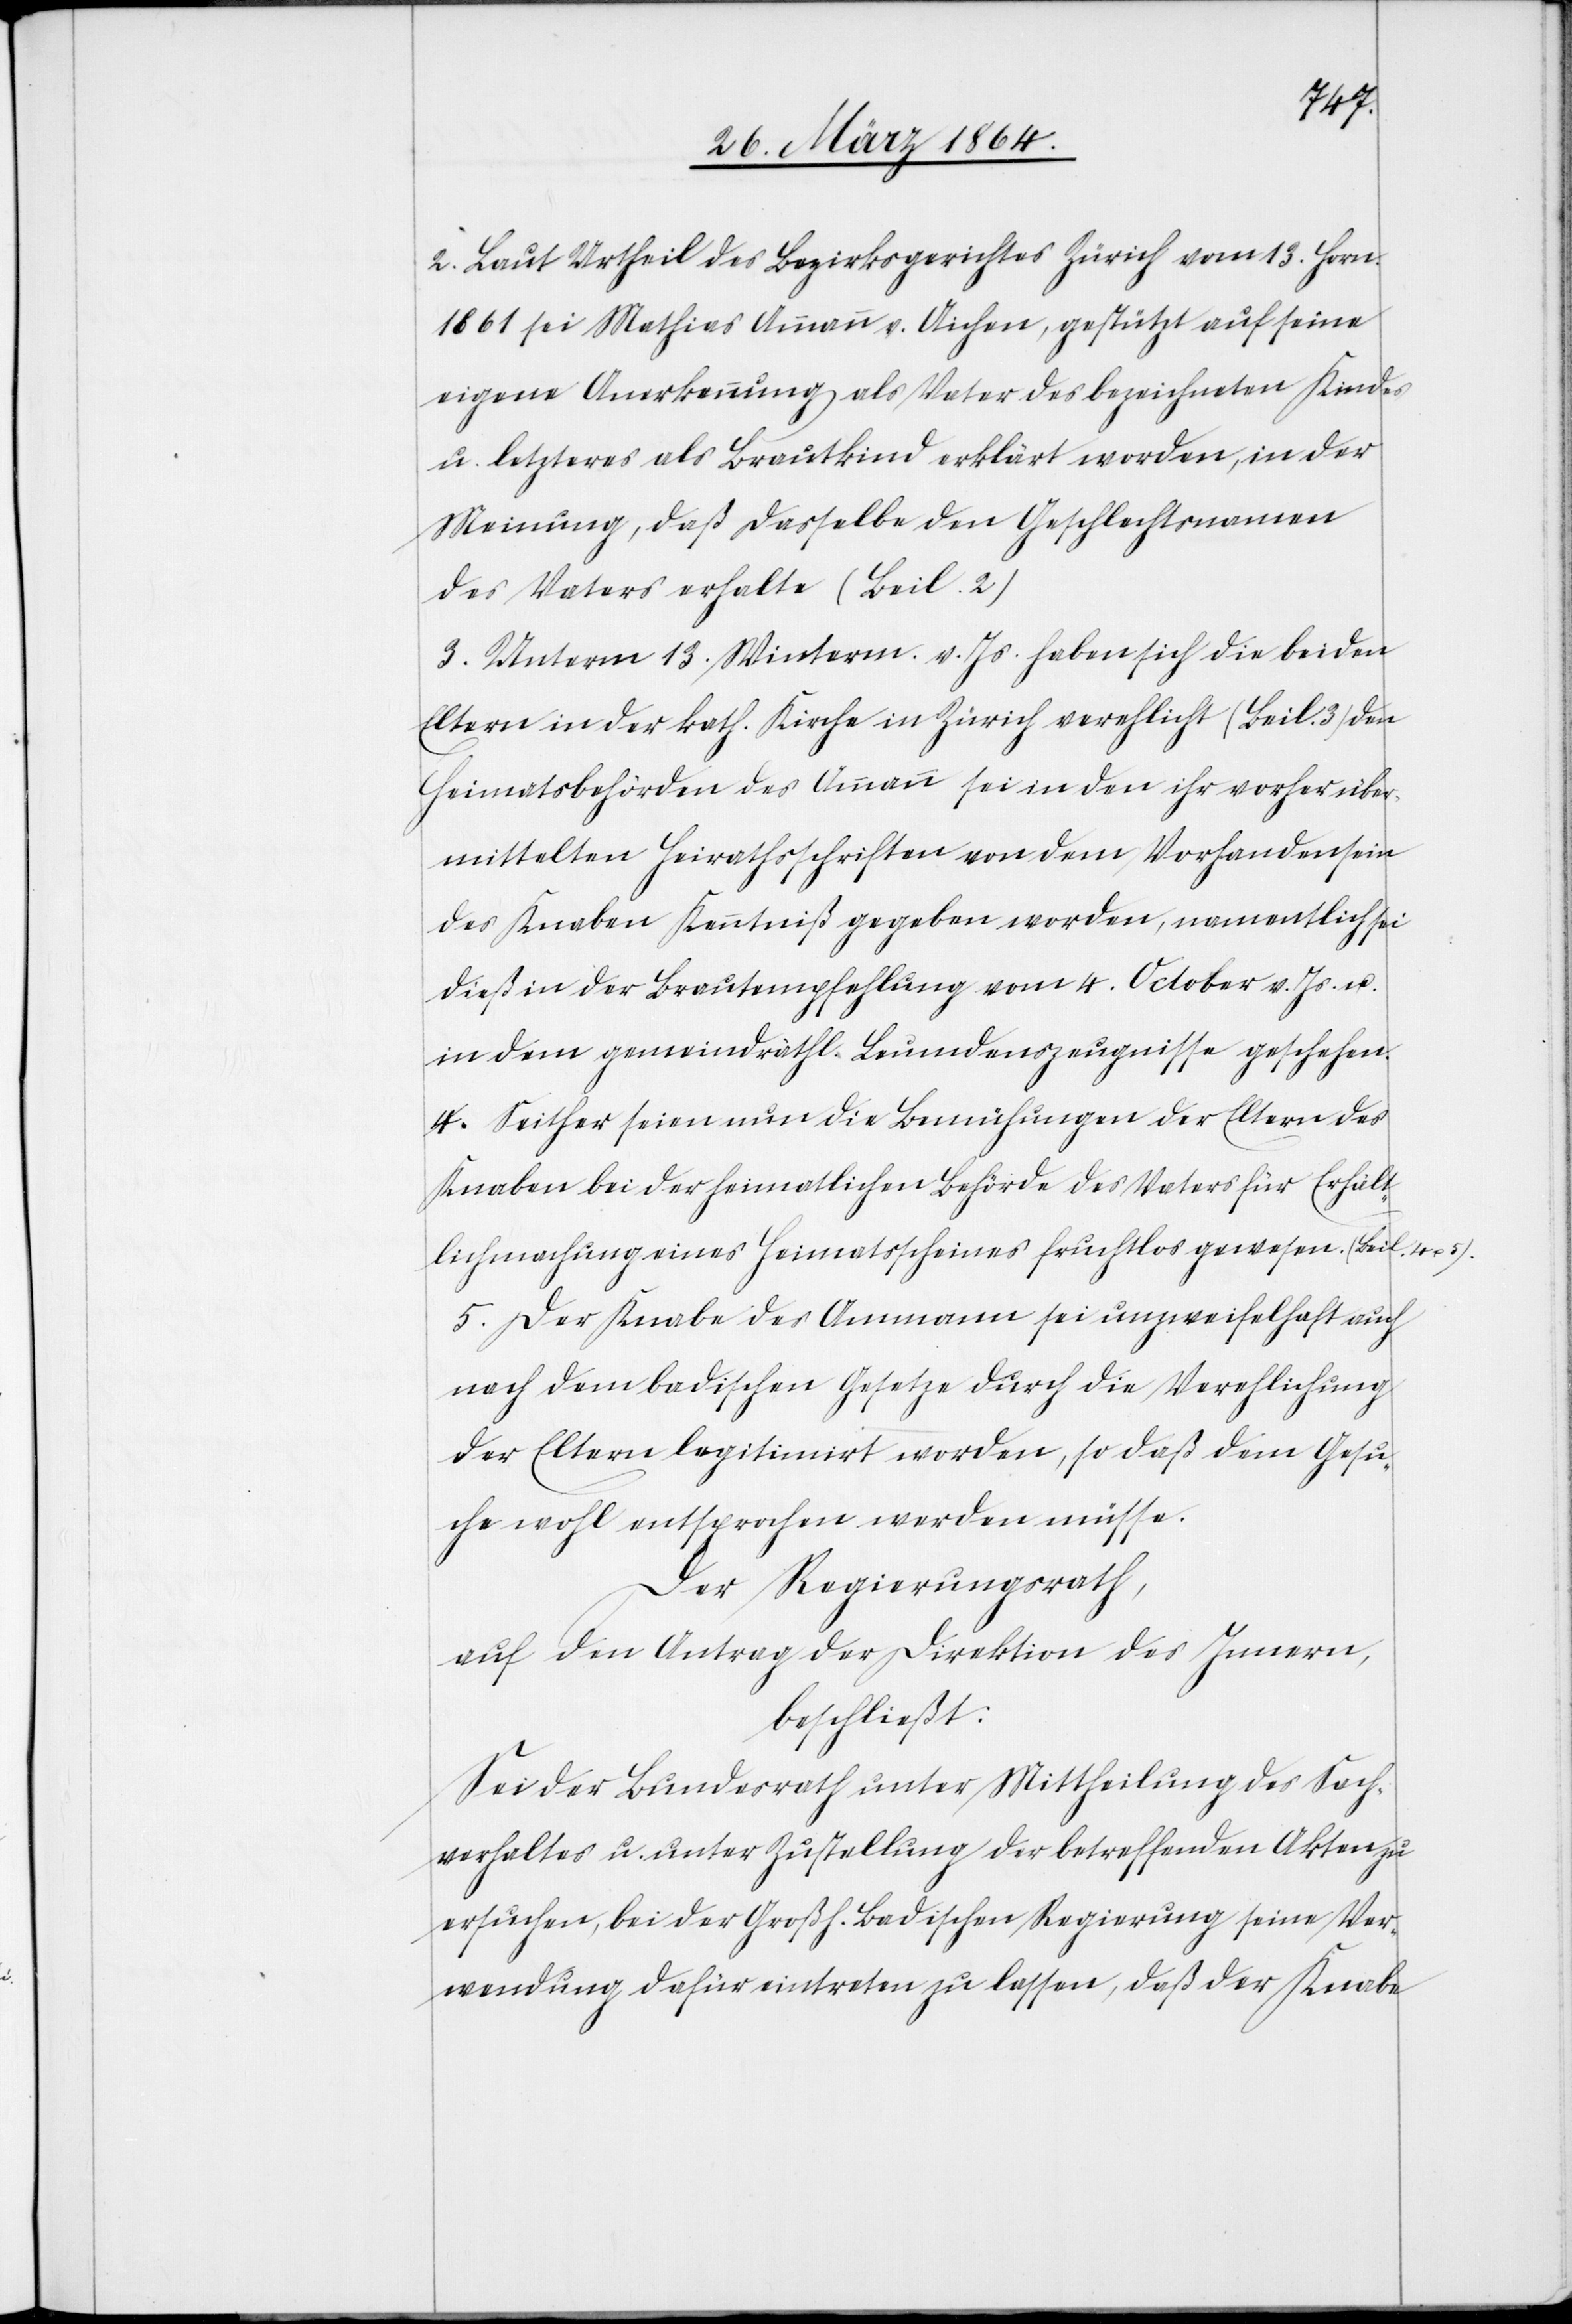
2. Laut Urtheil des Bezirksgerichtes Zürich vom 13. Horn.
1861 sei Mathias Ammann v. Aichen, gestützt auf seine
eigene Anerkennung als Vater des bezeichneten Kindes
u. letzteres als Brautkind erklärt worden, in der
Meinung, daß dasselbe den Geschlechtsnamen
des Vaters erhalte (Beil. 2)
3. Unterm 13. Winterm. v. Js. haben sich die beiden
Eltern in der kath. Kirche in Zürich verehelicht (Beil. 3)[.]
Heimatsbehörden des Amman sei in den ihr vorher über¬
mittelten Heirathsschriften von dem Vorhandensein
des Knaben Kenntniß gegeben worden, namentlich sei
dieß in der Brautempfehlung vom 4. October v. Js. u.
in dem gemeindräthl. Leumdenszeugnisse geschehen.
4. Seither seien nun die Bemühungen der Eltern des
Knaben bei der heimatlichen Behörde des Vaters für Erhält¬
lichmachung eines Heimatscheines fruchtlos gewesen. (Beil. 4 u.
5. Der Knabe des Ammann sei unzweifelhaft auch
nach dem badischen Gesetze durch die Verehelichung
der Eltern legitimirt worden, so daß dem Gesu¬
che wohl entsprochen werden müsse.
Der Regierungsrath,
auf den Antrag der Direktion des Innern,
beschließt:
Sei der Bundesrath unter Mittheilung des Sach¬
verhaltes u. unter Zustellung der betreffenden Akten zu
ersuchen, bei der Großh. Badischen Regierung seine Ver¬
wendung dafür eintreten zu lassen, daß der Knabe